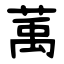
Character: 萭